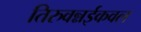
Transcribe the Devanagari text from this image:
तिरुवन्नईकवल